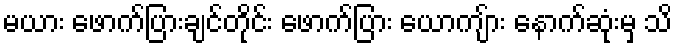
မယား ဖောက်ပြားချင်တိုင်း ဖောက်ပြား ယောကျ်ား နောက်ဆုံးမှ သိ